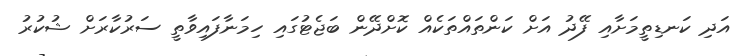
އަދި ކަނޑިތީމަށާއި ފޭދު އަށް ކަންތައްތަކެއް ކޮށްދޭން ބަޖެޓުގައި ހިމަނާފައިވާތީ ސަރުކާރަށް ޝުކުރު